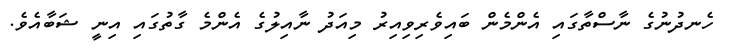
ހެނދުނުގެ ނާސްތާގައި އެންމެން ބައިވެރިވިއިރު މިއަދު ނާއިލުގެ އެންމެ ގާތުގައި އިނީ ޝަބާއެވެ.